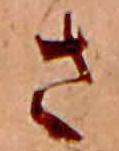
さ